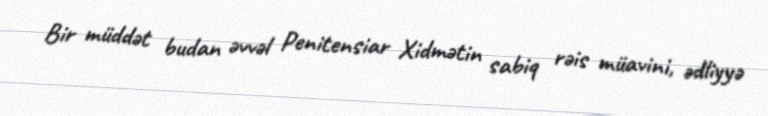
Bir müddət budan əvvəl Penitensiar Xidmətin sabiq rəis müavini, ədliyyə